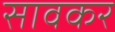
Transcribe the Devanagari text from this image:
सावकर